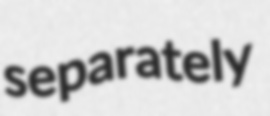
separately